Sketch of the medical history of the native army of Bombay, for the year
Year: 1870
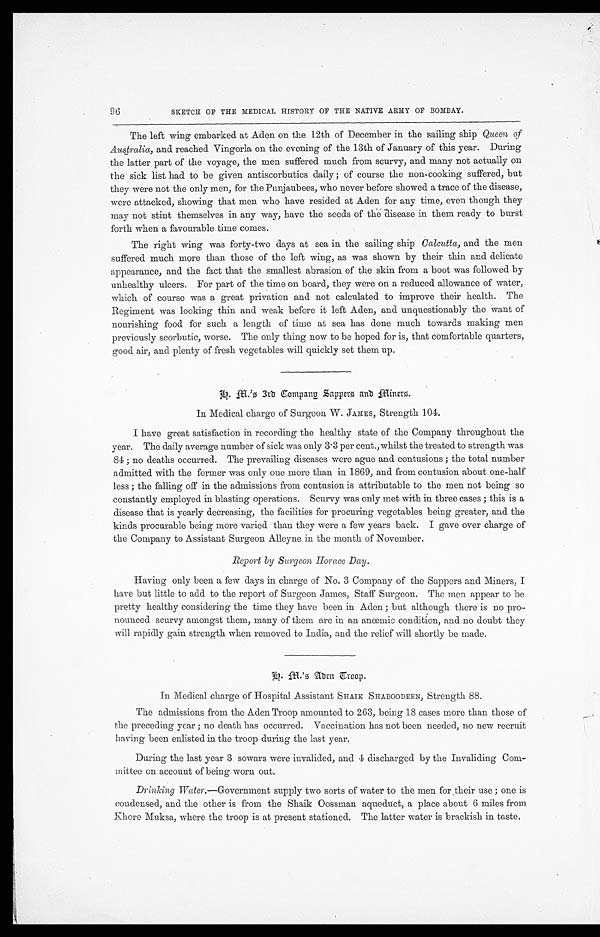
SKETCH OF THE MEDICAL HISTORY OF THE NATIVE ARMY OF BOMBAY.
The left wing embarked at Aden on the 12th of December in the sailing ship Queen of
Australia, and reached Vingorla on the evening of the 13th of January of this year. During
the latter part of the voyage, the men suffered much from scurvy, and many not actually on
the sick list had to be given antiscorbutics daily ; of course the non-cooking suffered, but
they were not the only men, for the Punjaubees, who never before showed a trace of the disease,
were attacked, showing that men who have resided at Aden for any time, even though they
may not stint themselves in any way, have the seeds of the disease in them ready to burst
forth when a favourable time comes.
The right wing was forty-two days at sea in the sailing ship Calcutta, and the men
suffered much more than those of the left wing, as was shown by their thin and delicate
appearance, and the fact that the smallest abrasion of the skin from a boot was followed by
unhealthy ulcers. For part of the time on board, they were on a reduced allowance of water,
which of course was a great privation and not calculated to improve their health. The
Regiment was looking thin and weak before it left Aden, and unquestionably the want of
nourishing food for such a length of time at sea has done much towards making men
previously scorbutic, worse. The only thing now to be hoped for is, that comfortable quarters,
good air, and plenty of fresh vegetables will quickly set them up.
H . M . ' s 3 r d C o m p a n y S a p p e r s a n d M i n e r s .
In Medical charge of Surgeon W. JAMES, Strength 104.
I have great satisfaction in recording the healthy state of the Company throughout the
year. The daily average number of sick was only 3.3 per cent., whilst the treated to strength was
84 ; no deaths occurred. The prevailing diseases were ague and contusions ; the total number
admitted with the former was only one more than in 1869, and from contusion about one-half
less ; the falling off in the admissions from contusion is attributable to the men not being so
constantly employed in blasting operations. Scurvy was only met with in three cases ; this is a
disease that is yearly decreasing, the facilities for procuring vegetables being greater, and the
kinds procurable being more varied than they were a few years back. I gave over charge of
the Company to Assistant Surgeon Alleyne in the month of November.
Report by Surgeon Horace Day.
Having only been a few days in charge of No. 3 Company of the Sappers and Miners, I
have but little to add to the report of Surgeon James, Staff Surgeon. The men appear to be
pretty healthy considering the time they have been in Aden ; but although there is no pro-
nounced scurvy amongst them, many of them are in an anœmic condition, and no doubt they
will rapidly gain strength when removed to India, and the relief will shortly be made.
In Medical charge of Hospital Assistant SHAIK SHABOODEEN, Strength 88.
The admissions from the Aden Troop amounted to 263, being 18 cases more than those of
the preceding year ; no death has occurred. Vaccination has not been needed, no new recruit
having been enlisted in the troop during the last year.
During the last year 3 sowars were invalided, and 4 discharged by the Invaliding Com
- m i t t e e o n a c c o u n t o f b e i n g w o r n o u t .
Drinking Water.—Government supply two sorts of water to the men for their use ; one is
condensed, and the other is from the Shaik Oossman aqueduct, a place about 6 miles from
Khore Muksa, where the troop is at present stationed. The latter water is brackish in taste.
96